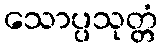
သောပ္ပသုတ္တံ